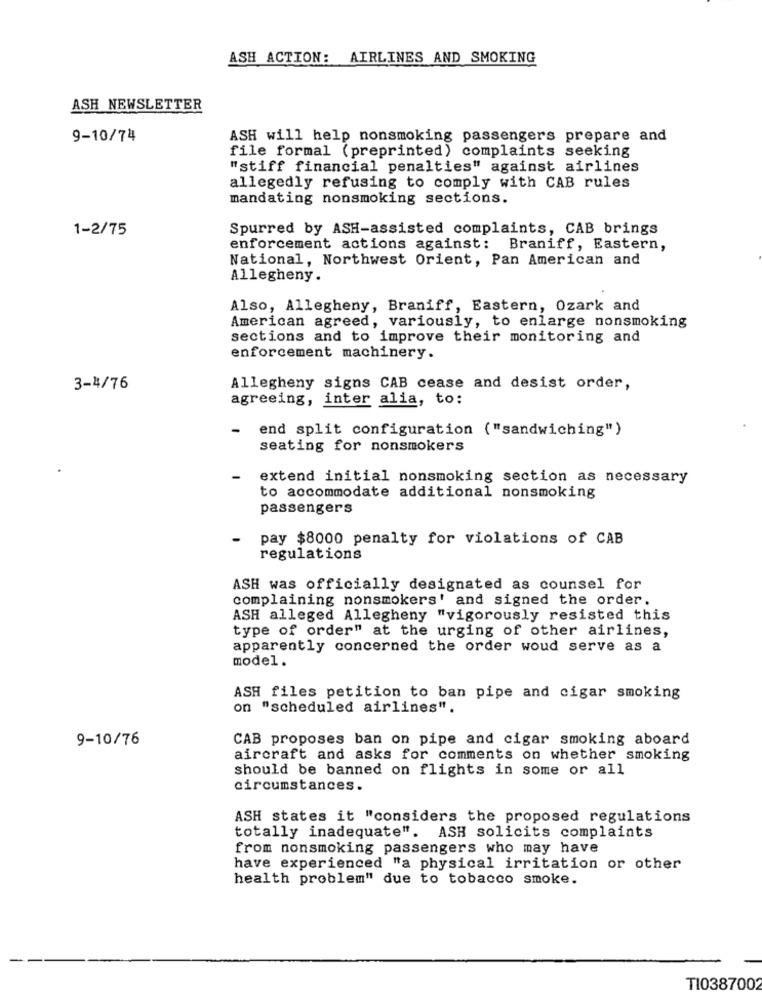
ASH ACTION: AIRLINES AND SMOKING
ASH NEWSLETTER
9-10/74
ASH will help nonsmoking passengers prepare and
file formal (preprinted) complaints seeking
"stiff financial penalties" against airlines
allegedly refusing to comply with CAB rules
mandating nonsmoking sections.
1-2/75
Spurred by ASH-assisted complaints, CAB brings
enforcement actions against: Braniff, Eastern,
National, Northwest Orient, Pan American and
Allegheny.
Also, Allegheny, Braniff, Eastern, Ozark and
American agreed, variously, to enlarge nonsmoking
sections and to improve their monitoring and
enforcement machinery.
3-4/76
Allegheny signs CAB cease and desist order,
agreeing, inter alia, to:
-
end split configuration ("sandwiching")
seating for nonsmokers
-
extend initial nonsmoking section as necessary
to accommodate additional nonsmoking
passengers
-
pay $8000 penalty for violations of CAB
regulations
ASH was officially designated as counsel for
complaining nonsmokers' and signed the order.
ASH alleged Allegheny "vigorously resisted this
type of order" at the urging of other airlines,
apparently concerned the order woud serve as a
model.
ASH files petition to ban pipe and cigar smoking
on "scheduled airlines".
9-10/76
CAB proposes ban on pipe and cigar smoking aboard
aircraft and asks for comments on whether smoking
should be banned on flights in some or all
circumstances.
ASH states it "considers the proposed regulations
totally inadequate". ASH solicits complaints
from nonsmoking passengers who may have
have experienced "a physical irritation or other
health problem" due to tobacco smoke.
TI038700